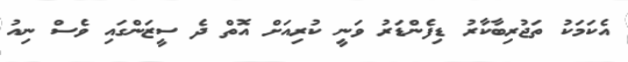
އެކަމަކު ތަޖުރިބާކާރު ޑިފެންޑަރު ވަނީ ކުރިއަށް އޮތް ދެ ސީޒަންގައި ވެސް ނިއު